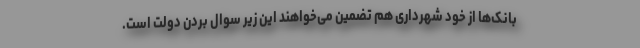
بانک‌ها از خود شهرداری هم تضمین می‌خواهند این زیر سوال بردن دولت است.